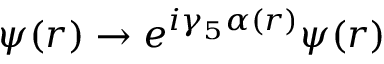
\psi ( r ) \to e ^ { i \gamma _ { 5 } \alpha ( r ) } \psi ( r )